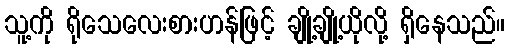
သူ့ကို ရိုသေလေးစားဟန်ဖြင့် ချို့ချို့ယိုလို့ ရှိနေသည်။